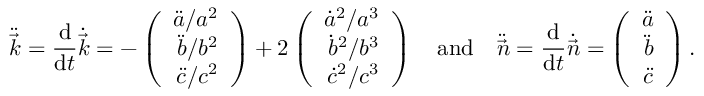
\ddot { \vec { k } } = \frac { \mathrm { d } } { \mathrm { d } t } \dot { \vec { k } } = - \left( \begin{array} { r } { \ddot { a } / a ^ { 2 } } \\ { \ddot { b } / b ^ { 2 } } \\ { \ddot { c } / c ^ { 2 } } \end{array} \right) + 2 \left( \begin{array} { r } { { \dot { a } } ^ { 2 } / a ^ { 3 } } \\ { { \dot { b } } ^ { 2 } / b ^ { 3 } } \\ { { \dot { c } } ^ { 2 } / c ^ { 3 } } \end{array} \right) \enspace \enspace \mathrm { a n d } \enspace \enspace \ddot { \vec { n } } = \frac { \mathrm { d } } { \mathrm { d } t } \dot { \vec { n } } = \left( \begin{array} { r } { \ddot { a } } \\ { \ddot { b } } \\ { \ddot { c } } \end{array} \right) .